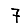
Digit: 7